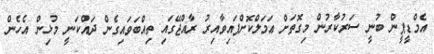
އެމްޑީޕީން ބުނީ ސަރުކާރުން މިގޮތަށް ޢަމަލްކޮށްފައިވާއިރު ރާއްޖޭގައި ތިއްބަވައިގެން ދައްކަނީ މުޅިން އެހެން